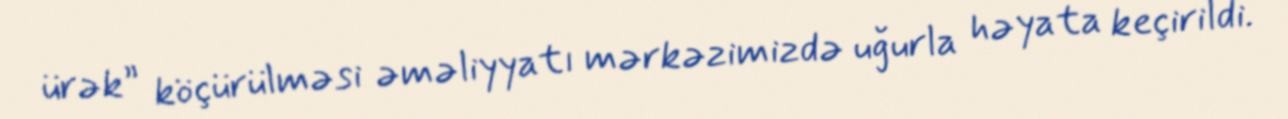
ürək” köçürülməsi əməliyyatı mərkəzimizdə uğurla həyata keçirildi.